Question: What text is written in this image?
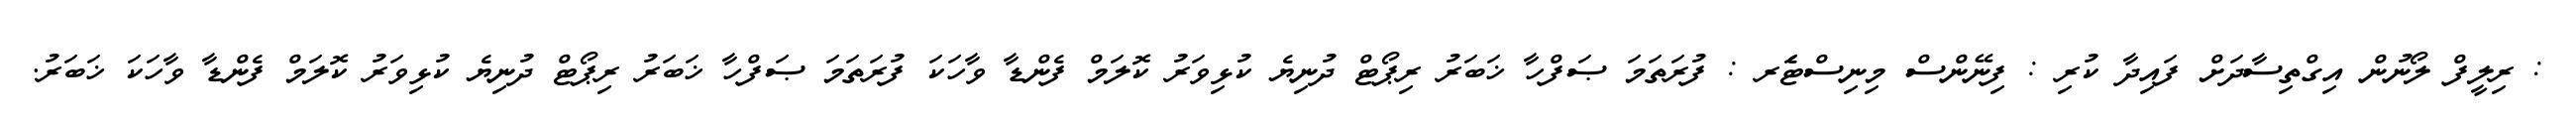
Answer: : ރިލީފް ލޯނުން އިގްތިސާދަށް ފައިދާ ކުރި : ފިނޭންސް މިނިސްޓަެރ : ފުރަތަމަ ޞަފްހާ ޚަބަރު ރިޕޯޓް ދުނިޔެ ކުޅިވަރު ކޮލަމް ފެންޑާ ވާހަކަ ފުރަތަމަ ޞަފްހާ ޚަބަރު ރިޕޯޓް ދުނިޔެ ކުޅިވަރު ކޮލަމް ފެންޑާ ވާހަކަ ޚަބަރު.